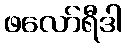
ဖလော်ရီဒါ